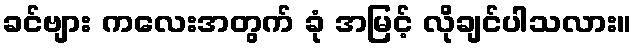
ခင်ဗျား ကလေးအတွက် ခုံ အမြင့် လိုချင်ပါသလား။